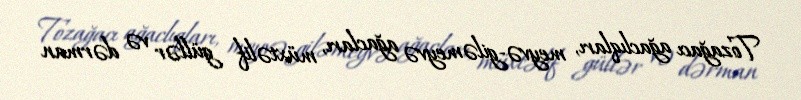
Tozağacı ağaclıqları, meyvə-giləmeyvə ağacları, müxtəlif güllər və dərman